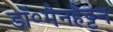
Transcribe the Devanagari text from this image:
डॉ॰मैनहैट्टन